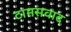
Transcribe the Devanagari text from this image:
टामसवाद